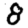
Digit: 8